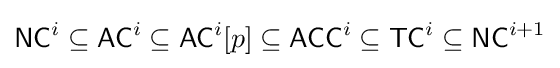
{\mathsf {NC}}^{i}\subseteq {\mathsf {AC}}^{i}\subseteq {\mathsf {AC}}^{i}[p]\subseteq {\mathsf {ACC}}^{i}\subseteq {\mathsf {TC}}^{i}\subseteq {\mathsf {NC}}^{i+1}